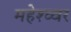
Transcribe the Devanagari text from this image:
महेश्व्वर